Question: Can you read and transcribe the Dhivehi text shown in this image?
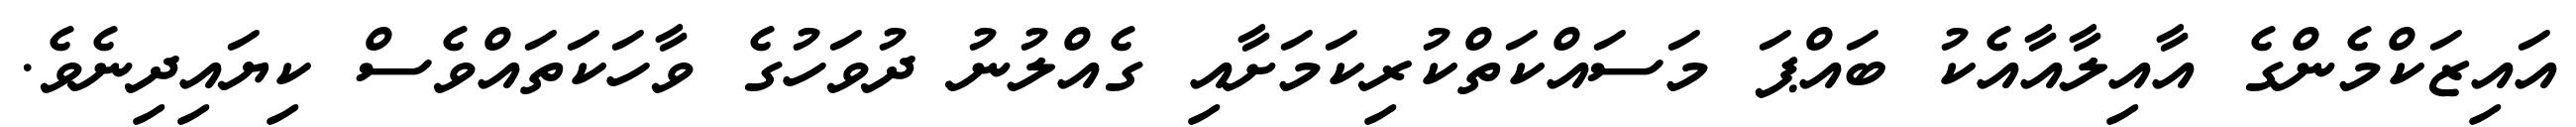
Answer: އައިޒަކްމެންގެ އާއިލާއާއެކު ބައްޕަ މަސައްކަތްކުރިކަމަށާއި ގެއްލުނު ދުވަހުގެ ވާހަކަތައްވެސް ކިޔައިދިނެވެ.